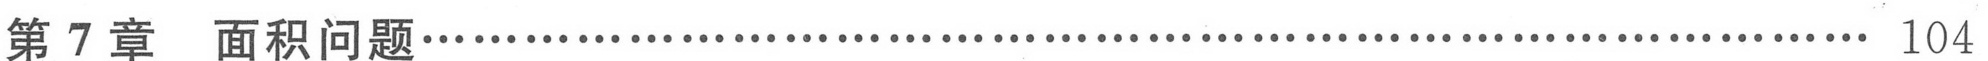
第7章 面积问题\(\cdots\cdots\) 104